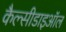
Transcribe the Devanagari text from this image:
कैल्सीडाइऑल